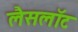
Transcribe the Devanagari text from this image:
लैसलॉट